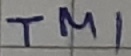
Text: TM1